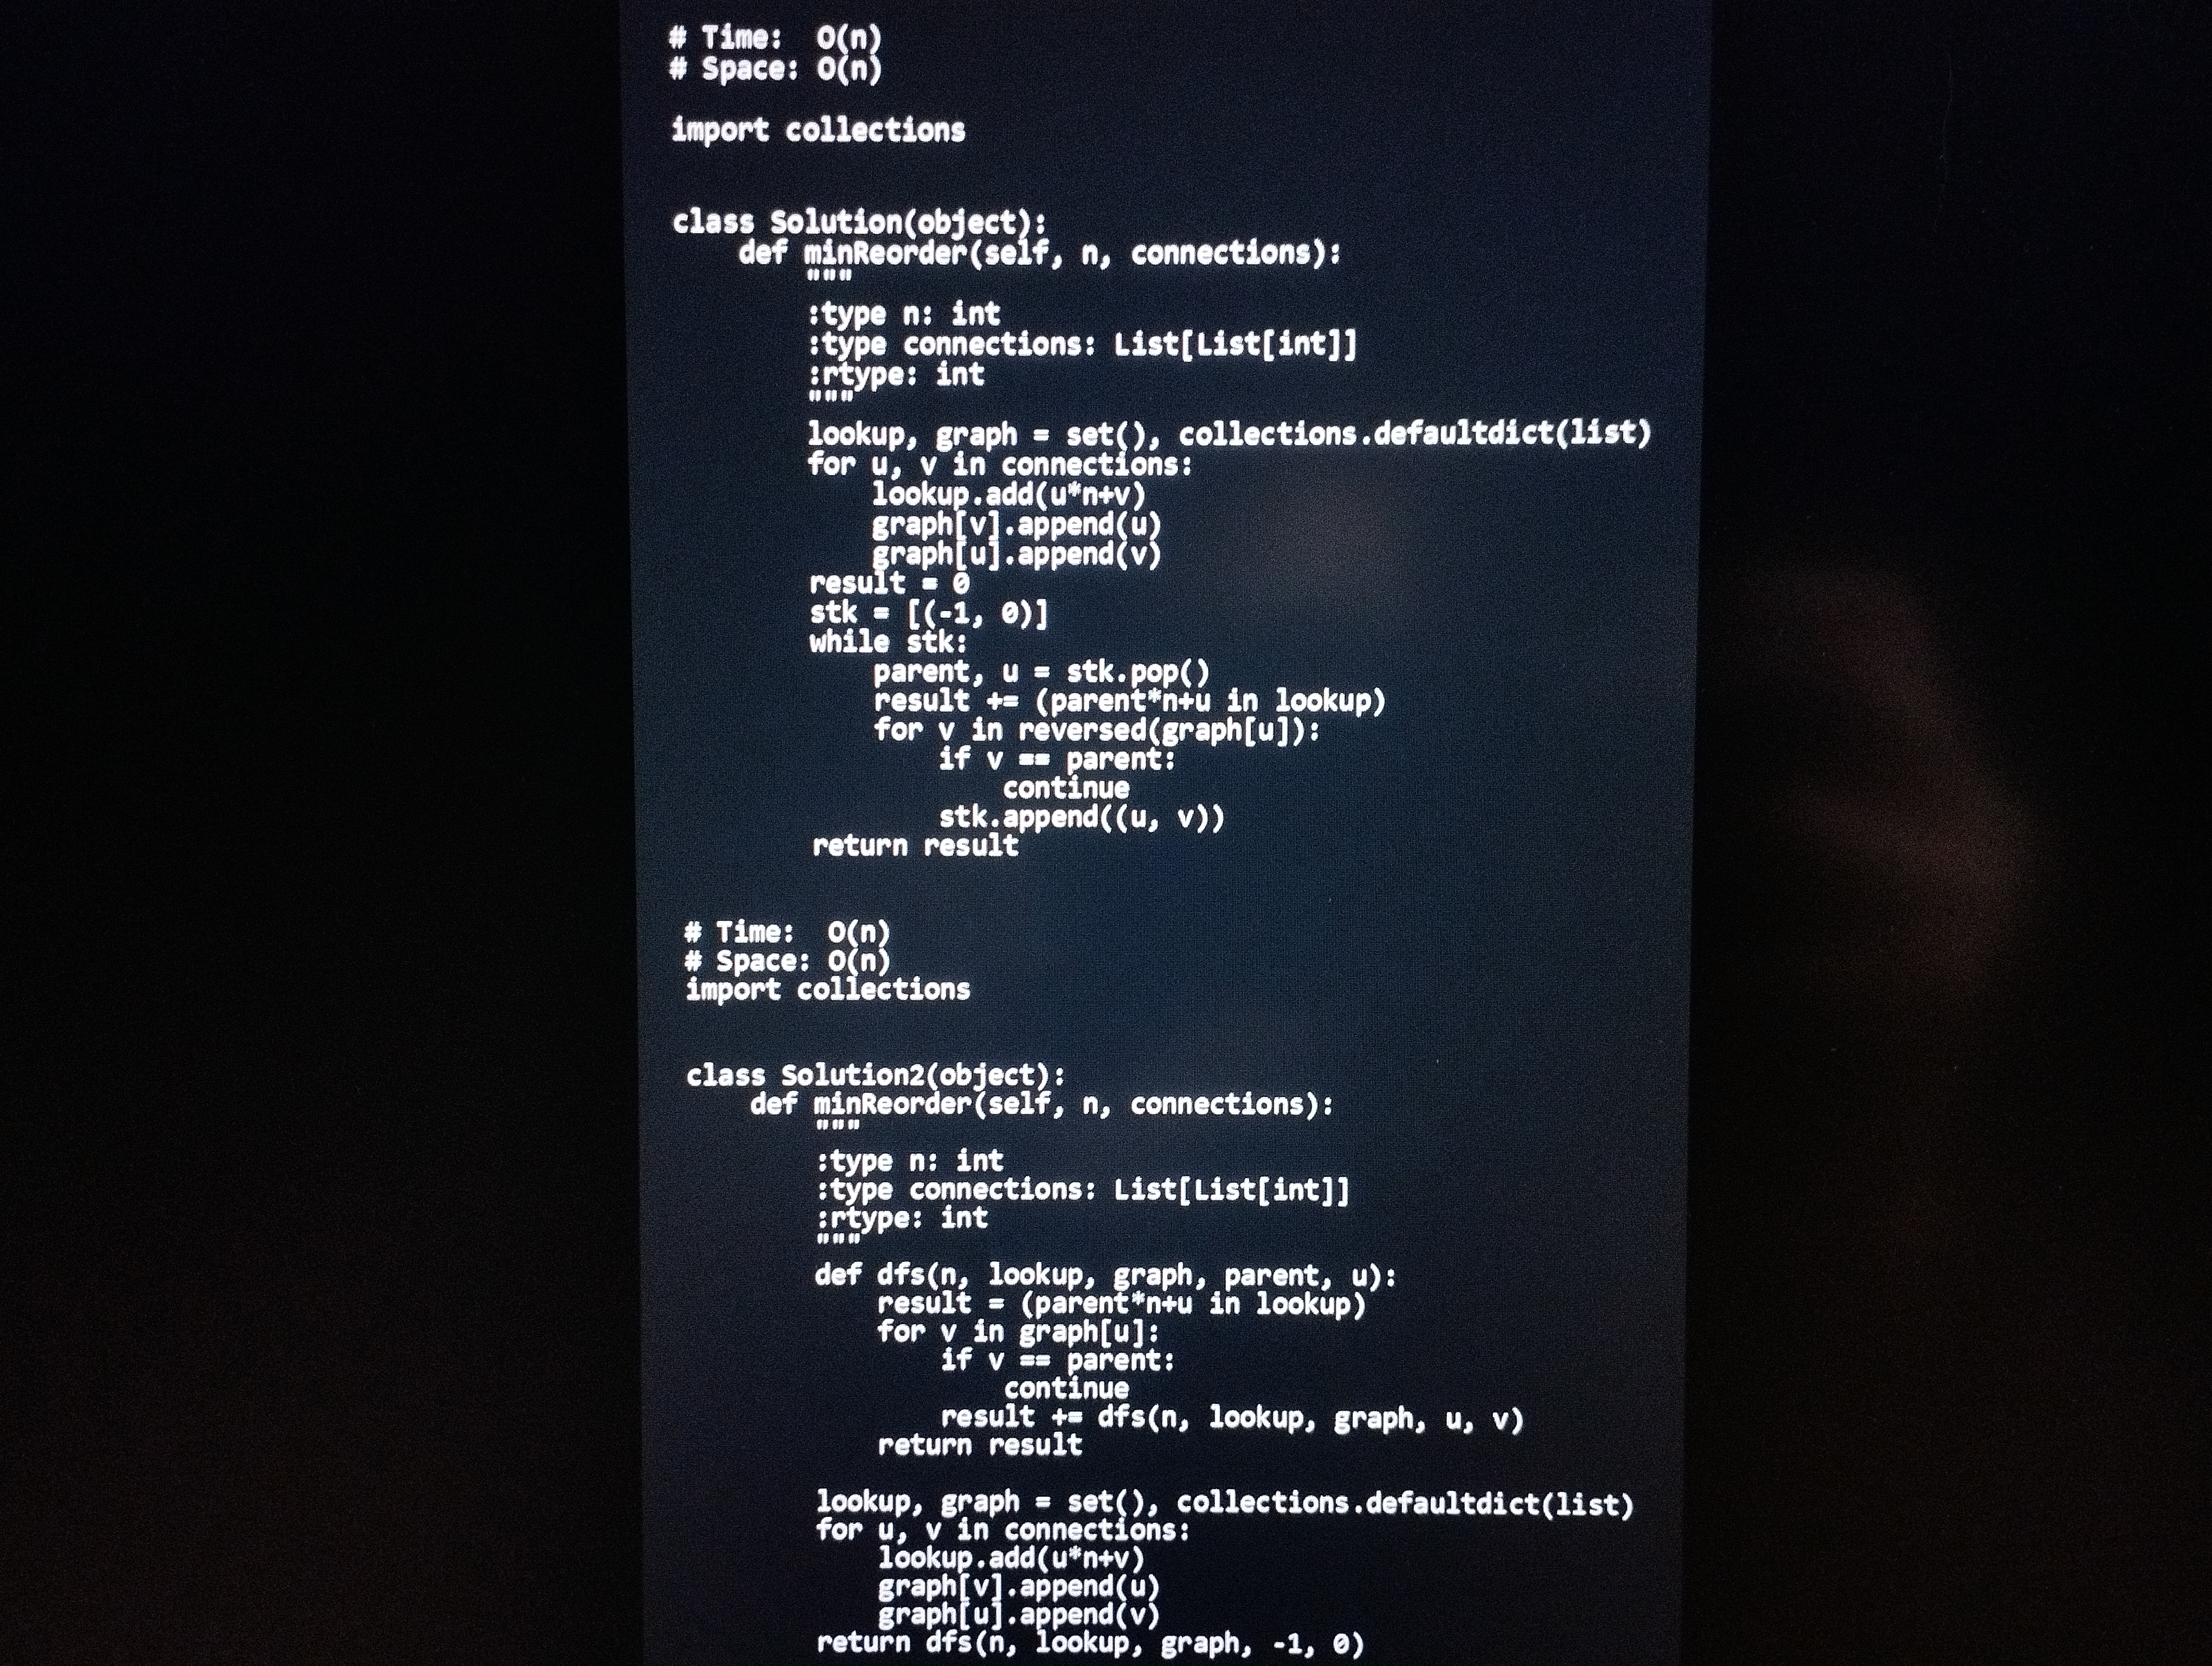
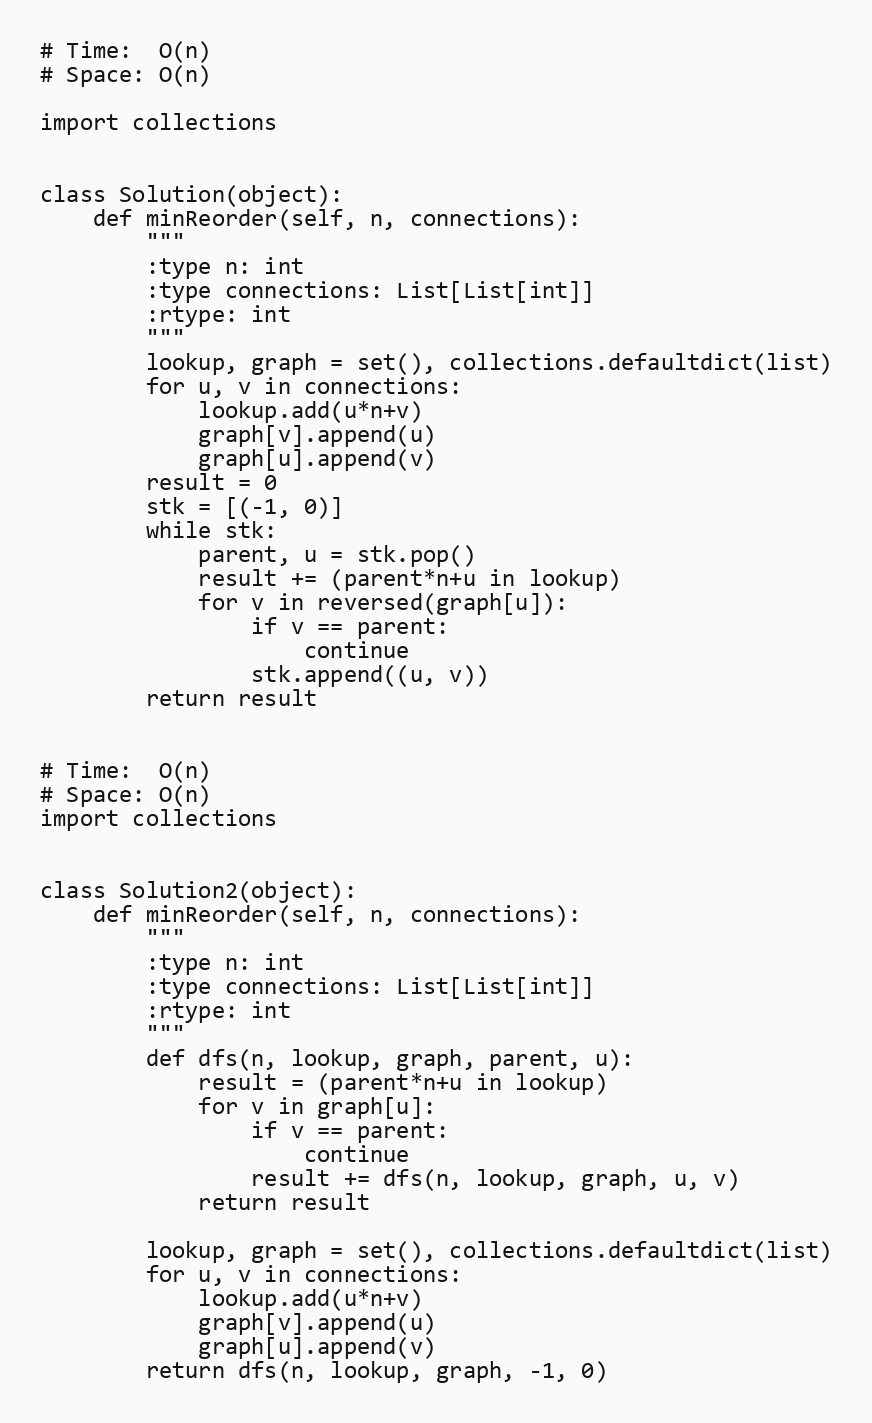
# Time:  O(n)
# Space: O(n)

import collections

class Solution(object):
    def minReorder(self, n, connections):
        """
        :type n: int
        :type connections: List[List[int]]
        :rtype: int
        """
        lookup, graph = set(), collections.defaultdict(list)
        for u, v in connections:
            lookup.add(u*n+v)
            graph[v].append(u)
            graph[u].append(v)
        result = 0
        stk = [(-1, 0)]
        while stk:
            parent, u = stk.pop()
            result += (parent*n+u in lookup)
            for v in reversed(graph[u]):
                if v == parent:
                    continue
                stk.append((u, v))
        return result

# Time:  O(n)
# Space: O(n)
import collections

class Solution2(object):
    def minReorder(self, n, connections):
        """
        :type n: int
        :type connections: List[List[int]]
        :rtype: int
        """
        def dfs(n, lookup, graph, parent, u):
            result = (parent*n+u in lookup)
            for v in graph[u]:
                if v == parent:
                    continue
                result += dfs(n, lookup, graph, u, v)
            return result

        lookup, graph = set(), collections.defaultdict(list)
        for u, v in connections:
            lookup.add(u*n+v)
            graph[v].append(u)
            graph[u].append(v)
        return dfs(n, lookup, graph, -1, 0)